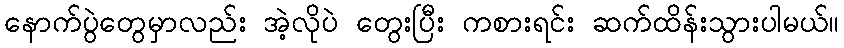
နောက်ပွဲတွေမှာလည်း အဲ့လိုပဲ တွေးပြီး ကစားရင်း ဆက်ထိန်းသွားပါမယ်။